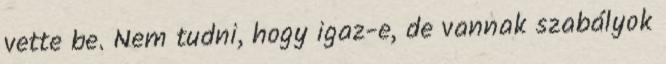
vette be. Nem tudni, hogy igaz-e, de vannak szabályok